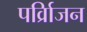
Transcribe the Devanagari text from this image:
पर्व्रािजन